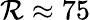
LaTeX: \mathcal{R}\approx75